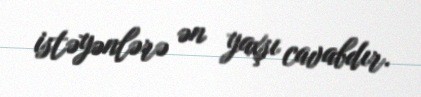
istəyənlərə ən yaxşı cavabdır.